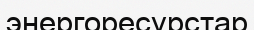
энергоресурстар